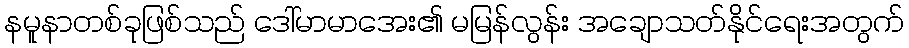
နမူနာတစ်ခုဖြစ်သည် ဒေါ်မာမာအေး၏ မမြန်လွန်း အချောသတ်နိုင်ရေးအတွက်